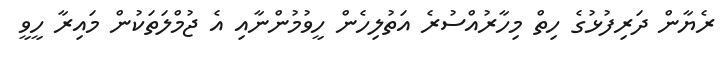
ރެޔާން ދަރިފުޅުގެ ހިތް މިހާރުއްސުރެ އަތުލިހެން ހީވުމުންނާއި އެ ޖުމްލަތަކުން މައިރާ ހީވީ